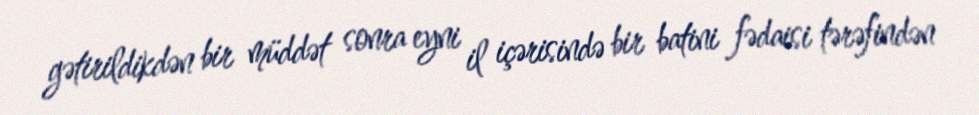
gətirildikdən bir müddət sonra eyni il içərisində bir batini fədaisi tərəfindən